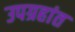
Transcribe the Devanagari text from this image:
उपग्रहांत